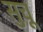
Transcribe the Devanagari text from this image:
सुचू